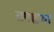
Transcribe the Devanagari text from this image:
तपश्चया